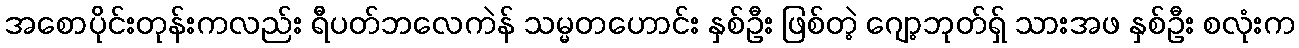
အစောပိုင်းတုန်းကလည်း ရီပတ်ဘလေကဲန် သမ္မတဟောင်း နှစ်ဦး ဖြစ်တဲ့ ဂျော့ဘုတ်ရှ် သားအဖ နှစ်ဦး စလုံးက